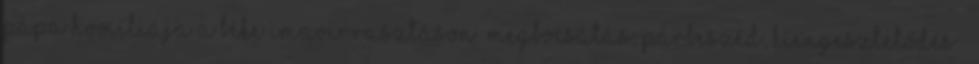
pápa homíliája a béke imavirrasztáson „Megbocsátás, párbeszéd, kiengesztelődés –